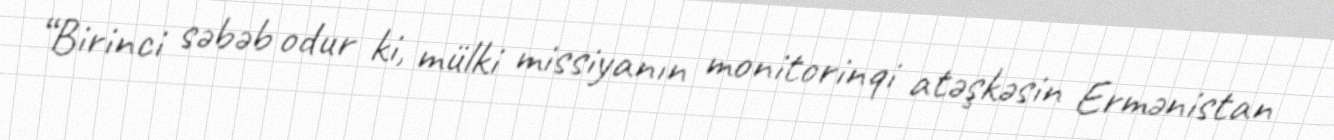
“Birinci səbəb odur ki, mülki missiyanın monitorinqi atəşkəsin Ermənistan